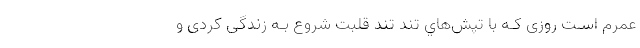
عمرم اسـت روزی کـه با تپش‌هاي‌ تند تند قلبت شروع بـه زندگی کردی و